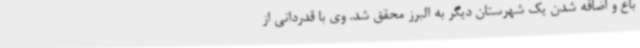
باغ و اضافه شدن یک شهرستان دیگر به البرز محقق شد. وی با قدردانی از